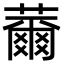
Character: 薾